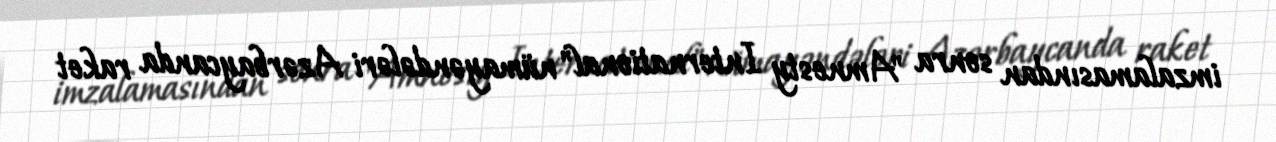
imzalamasından sonra "Amnesty International" nümayəndələri Azərbaycanda raket